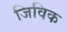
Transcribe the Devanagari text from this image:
जिविक